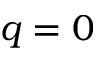
q = 0